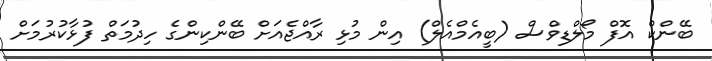
ބޭންކް އޮފް މޯލްޑިވްސް (ބީއެމްއެލް) އިން މުޅި ރާއްޖެއަށް ބޭންކިންގެ ހިދުމަތް ފުޅާކުރުމަށް